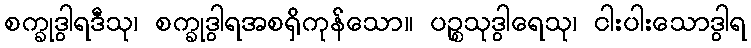
စက္ခုဒွါရဒီသု၊ စက္ခုဒွါရအစရှိကုန်သော။ ပဉ္စသုဒွါရေသု၊ ငါးပါးသောဒွါရ